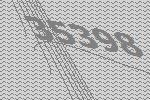
35398